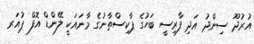
އުރުދޫ ސިންދު އަދި ފާރިސީ ބަހުގެ ޕާކިސްތާނުގެ މާނައަކީ ލޭންޑް އޮފް ޕުއަރ